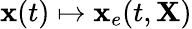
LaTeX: {\mathbf x}(t)\mapsto{\mathbf x}_{e}(t,{\mathbf X})